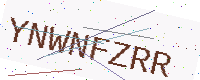
Text: YNWNFZRR